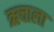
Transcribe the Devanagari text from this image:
ऋचाला